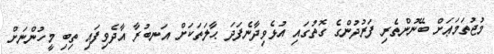
މުޖުތަމަޢަށް ބޭނުންތެރި ފަރުދުންގެ ގޮތުގައި އުޅެވިދާނެފަދަ ޙާލަތަކަށް އަނބުރާ އާދެވިފައި ތިބި މީހުންނަށް